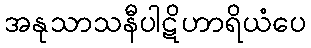
အနုသာသနီပါဋိဟာရိယံပေ